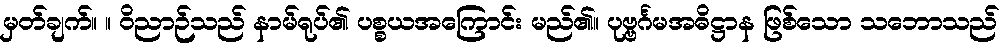
မှတ်ချက်။ ။ ဝိညာဉ်သည် နာမ်ရုပ်၏ ပစ္စယအကြောင်း မည်၏။ ပုဗ္ဗင်္ဂမအဓိဋ္ဌာန ဖြစ်သော သဘောသည်